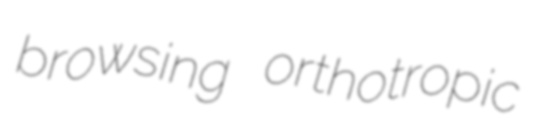
browsing orthotropic